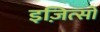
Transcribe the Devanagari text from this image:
इज़ित्सो